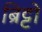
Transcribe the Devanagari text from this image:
ब्रिट्टो